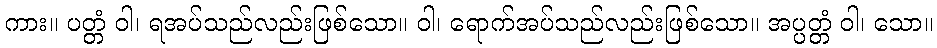
ကား။ ပတ္တံ ဝါ၊ ရအပ်သည်လည်းဖြစ်သော။ ဝါ၊ ရောက်အပ်သည်လည်းဖြစ်သော။ အပ္ပတ္တံ ဝါ၊ သော။